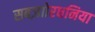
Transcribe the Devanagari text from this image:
सबज़ाोरधनिया